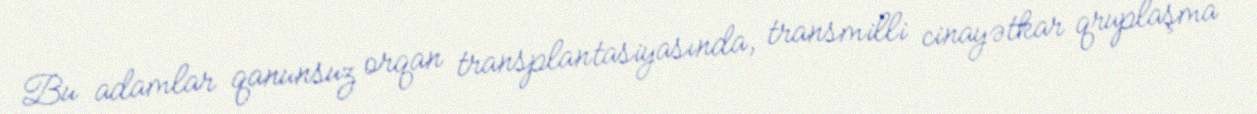
Bu adamlar qanunsuz orqan transplantasiyasında, transmilli cinayətkar qruplaşma